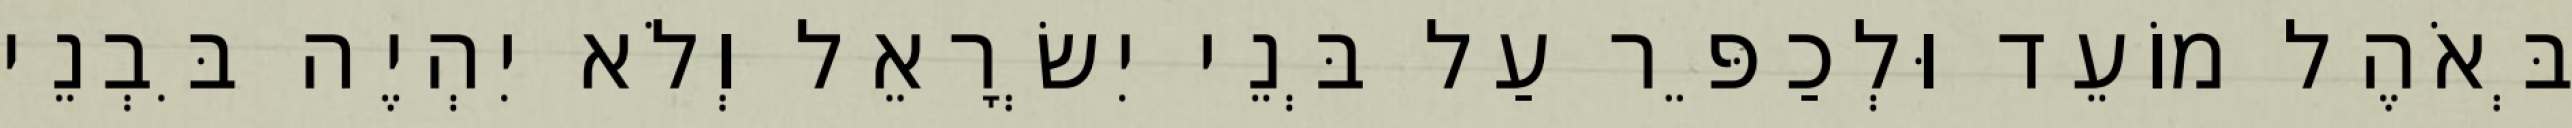
בְּאֹהֶל מוֹעֵד וּלְכַפֵּר עַל בְּנֵי יִשְׂרָאֵל וְלֹא יִהְיֶה בִּבְנֵי